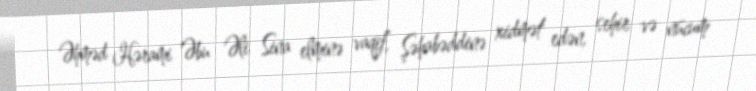
Əhməd Hərami Əbu Əli Sina elminə vaqif, Şəhabəddinə xidmət edən, sehir və nücum